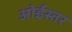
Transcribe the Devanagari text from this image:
ओईस्तर